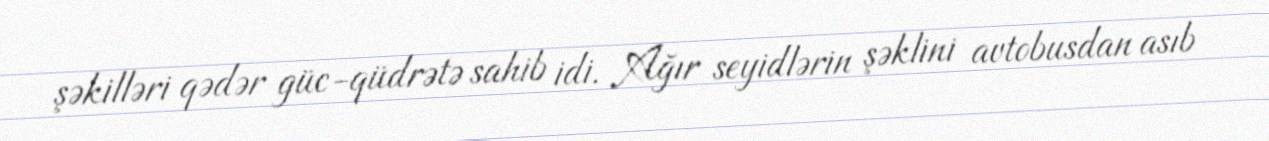
şəkilləri qədər güc-qüdrətə sahib idi. Ağır seyidlərin şəklini avtobusdan asıb